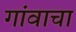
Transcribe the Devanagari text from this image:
गांवाचा